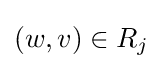
(w,v)\in R_{j}